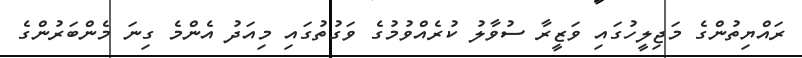
ރައްޔިތުންގެ މަޖިލީހުގައި ވަޒީރާ ސުވާލު ކުރެއްވުމުގެ ވަގުތުގައި މިއަދު އެންމެ ގިނަ މެންބަރުންގެ